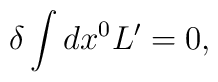
\delta \int dx^{0} L' = 0,